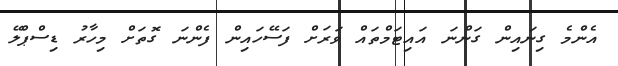
އެންމެ ގިނައިން ގަންނަ އައިޓަމްތައް ވަރަށް ފަސޭހައިން ފެންނަ ގޮތަށް މިހާރު ޑިސްޕްލޭ